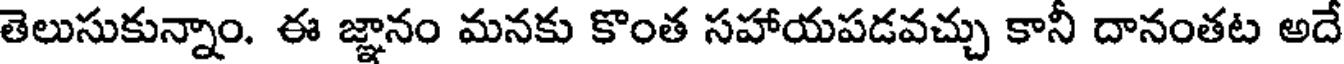
తెలుసుకున్నాం. ఈ జ్ఞానం మనకు కొంత సహాయపడవచ్చు కానీ దానంతట అదే